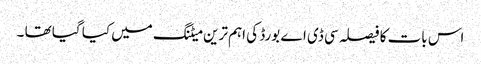
اس بات کا فیصلہ سی ڈی اے بورڈ کی اہم ترین میٹنگ میں کیا گیا تھا ۔